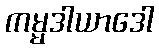
ကမ္မဒါယာဒေါ